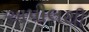
અપીલથી